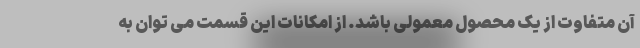
آن متفاوت از یک محصول معمولی باشد. از امکانات این قسمت می توان به